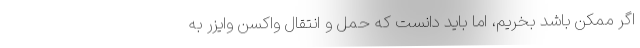
اگر ممکن باشد بخریم، اما باید دانست که حمل و انتقال واکسن وایزر به